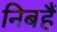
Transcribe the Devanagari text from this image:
निबहैं